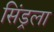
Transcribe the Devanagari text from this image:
सिंड्रला